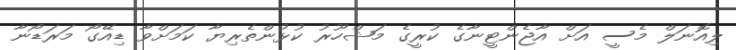
ލިއޮނަލް މެސީ އަށް އާޖެންޓީނާގެ ކުރީގެ މަޝްހޫރު ކުޅުންތެރިޔާ ކަމަށްވާ ޑިއޭގޯ މަރަޑޯނާ